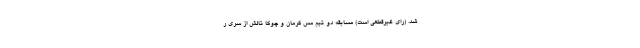
شد. (رای غیرقطعی است) مسابقه دو تیم مس کرمان و چوکا تالش از سری ر